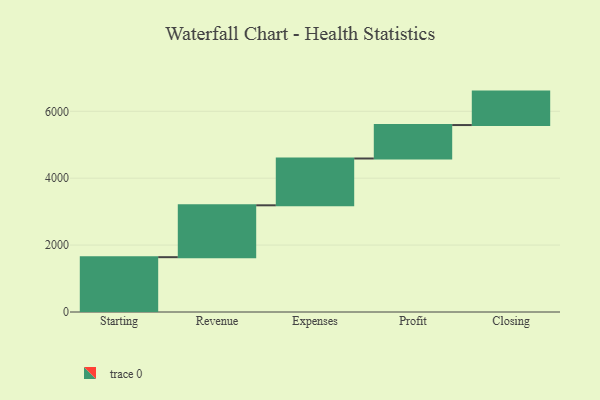
{"axis": {"x": "Step", "y": "Value"}, "legend": [""], "data": [{"x": "Starting", "y": 1639.0, "type": ""}, {"x": "Revenue", "y": 1551.0, "type": ""}, {"x": "Expenses", "y": 1399.0, "type": ""}, {"x": "Profit", "y": 1000, "type": ""}, {"x": "Closing", "y": 1000, "type": ""}]}